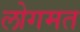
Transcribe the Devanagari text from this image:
लोगमत